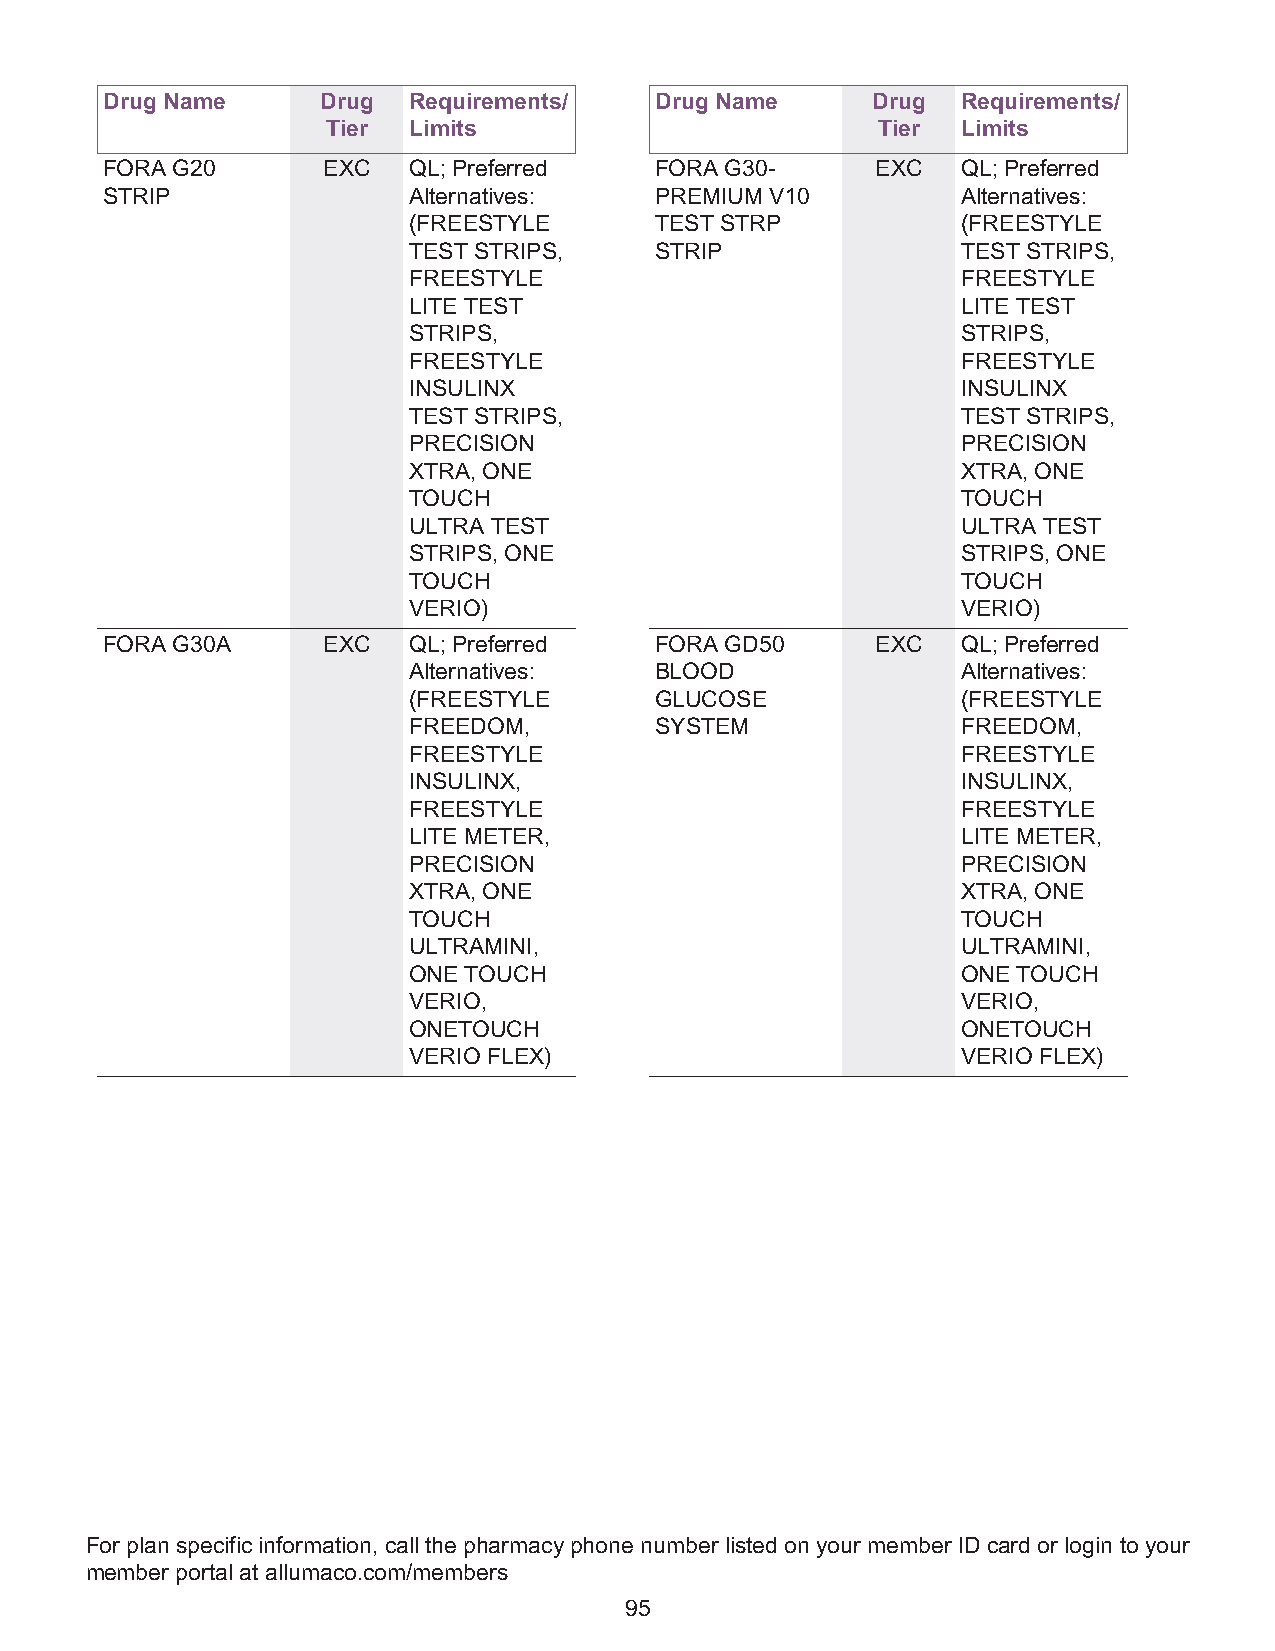
Drug Name     Drug  Requirements/   Drug Name      Drug  Requirements/
 Tier Limits                         Tier  Limits
 FORA G20      EXC   QL; Preferred   FORA G30-      EXC   QL; Preferred
 STRIP               Alternatives:   PREMIUM V10          Alternatives:
 (FREESTYLE      TEST STRP            (FREESTYLE
 TEST STRIPS,    STRIP                TEST STRIPS,
 FREESTYLE                            FREESTYLE
 LITE TEST                            LITE TEST
 STRIPS,                              STRIPS,
 FREESTYLE                            FREESTYLE
 INSULINX                             INSULINX
 TEST STRIPS,                         TEST STRIPS,
 PRECISION                            PRECISION
 XTRA, ONE                            XTRA, ONE
 TOUCH                                TOUCH
 ULTRA TEST                           ULTRA TEST
 STRIPS, ONE                          STRIPS, ONE
 TOUCH                                TOUCH
 VERIO)                               VERIO)
 FORA G30A     EXC   QL; Preferred   FORA GD50      EXC   QL; Preferred
 Alternatives:   BLOOD                Alternatives:
 (FREESTYLE      GLUCOSE              (FREESTYLE
 FREEDOM,        SYSTEM               FREEDOM,
 FREESTYLE                            FREESTYLE
 INSULINX,                            INSULINX,
 FREESTYLE                            FREESTYLE
 LITE METER,                          LITE METER,
 PRECISION                            PRECISION
 XTRA, ONE                            XTRA, ONE
 TOUCH                                TOUCH
 ULTRAMINI,                           ULTRAMINI,
 ONE TOUCH                            ONE TOUCH
 VERIO,                               VERIO,
 ONETOUCH                             ONETOUCH
 VERIO FLEX)                          VERIO FLEX)
 For plan specific information, call the pharmacy phone number listed on your member ID card or login to your
 member portal at allumaco.com/members
 95